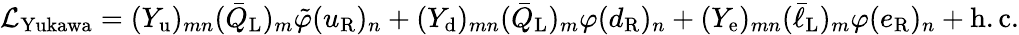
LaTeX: {\mathcal{L}}_{\mathrm{Yukawa}}=(Y_{\mathrm{u}})_{mn}({\bar{Q}}_{\mathrm{L}})_{m}{\tilde{\varphi}}(u_{\mathrm{R}})_{n}+(Y_{\mathrm{d}})_{mn}({\bar{Q}}_{\mathrm{L}})_{m}\varphi(d_{\mathrm{R}})_{n}+(Y_{\mathrm{e}})_{mn}({\bar{\ell}}_{\mathrm{L}})_{m}{\varphi}(e_{\mathrm{R}})_{n}+\mathrm{h.c.}